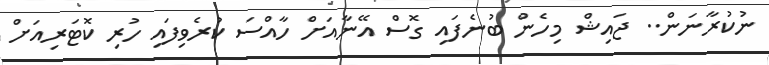
ނުކުރާނަން.. ޖައިޝް މިހެން ބުނެފައި ގޮސް އޭނާއަށް ހާއްސަ ކުރެވިފައި ހުރި ކޮޓަރިއަށް